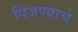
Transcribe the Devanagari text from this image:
पिंजण्याचे